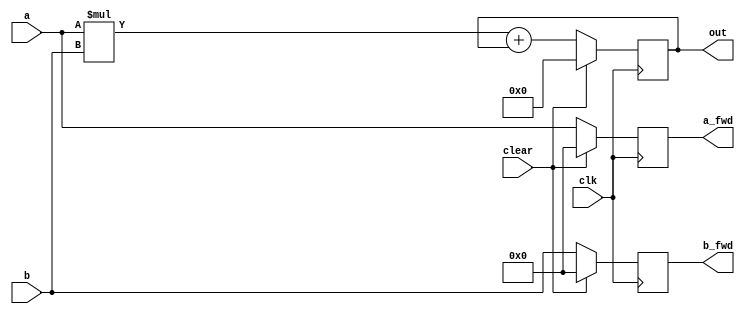
module MAC #(
	parameter in_word_size = 8,
	parameter out_word_size = 16
)(
	a,
	b,
	a_fwd,
	b_fwd,
	out,
	clk,
	clear
);

input [0:in_word_size-1] a,b;
input clk;
input clear;

output reg [0:out_word_size-1] out;
output reg [0:in_word_size-1] a_fwd,b_fwd;

wire [0:out_word_size-1] mult_out;
wire [0:out_word_size-1] adder_out;


assign mult_out = a*b;
assign adder_out = mult_out+out;

always @(posedge clk)
begin
 if(clear)
 begin
  a_fwd <= {in_word_size{1'b0}};
  b_fwd <= {in_word_size{1'b0}};
  out <= {out_word_size{1'b0}};
 end
 else
 begin
  a_fwd <= a;
  b_fwd <= b;
  out <= adder_out;
 end
end

endmodule